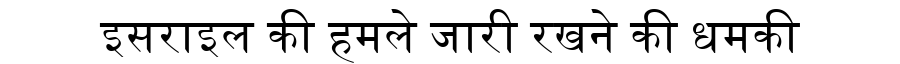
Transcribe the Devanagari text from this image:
इसराइल की हमले जारी रखने की धमकी